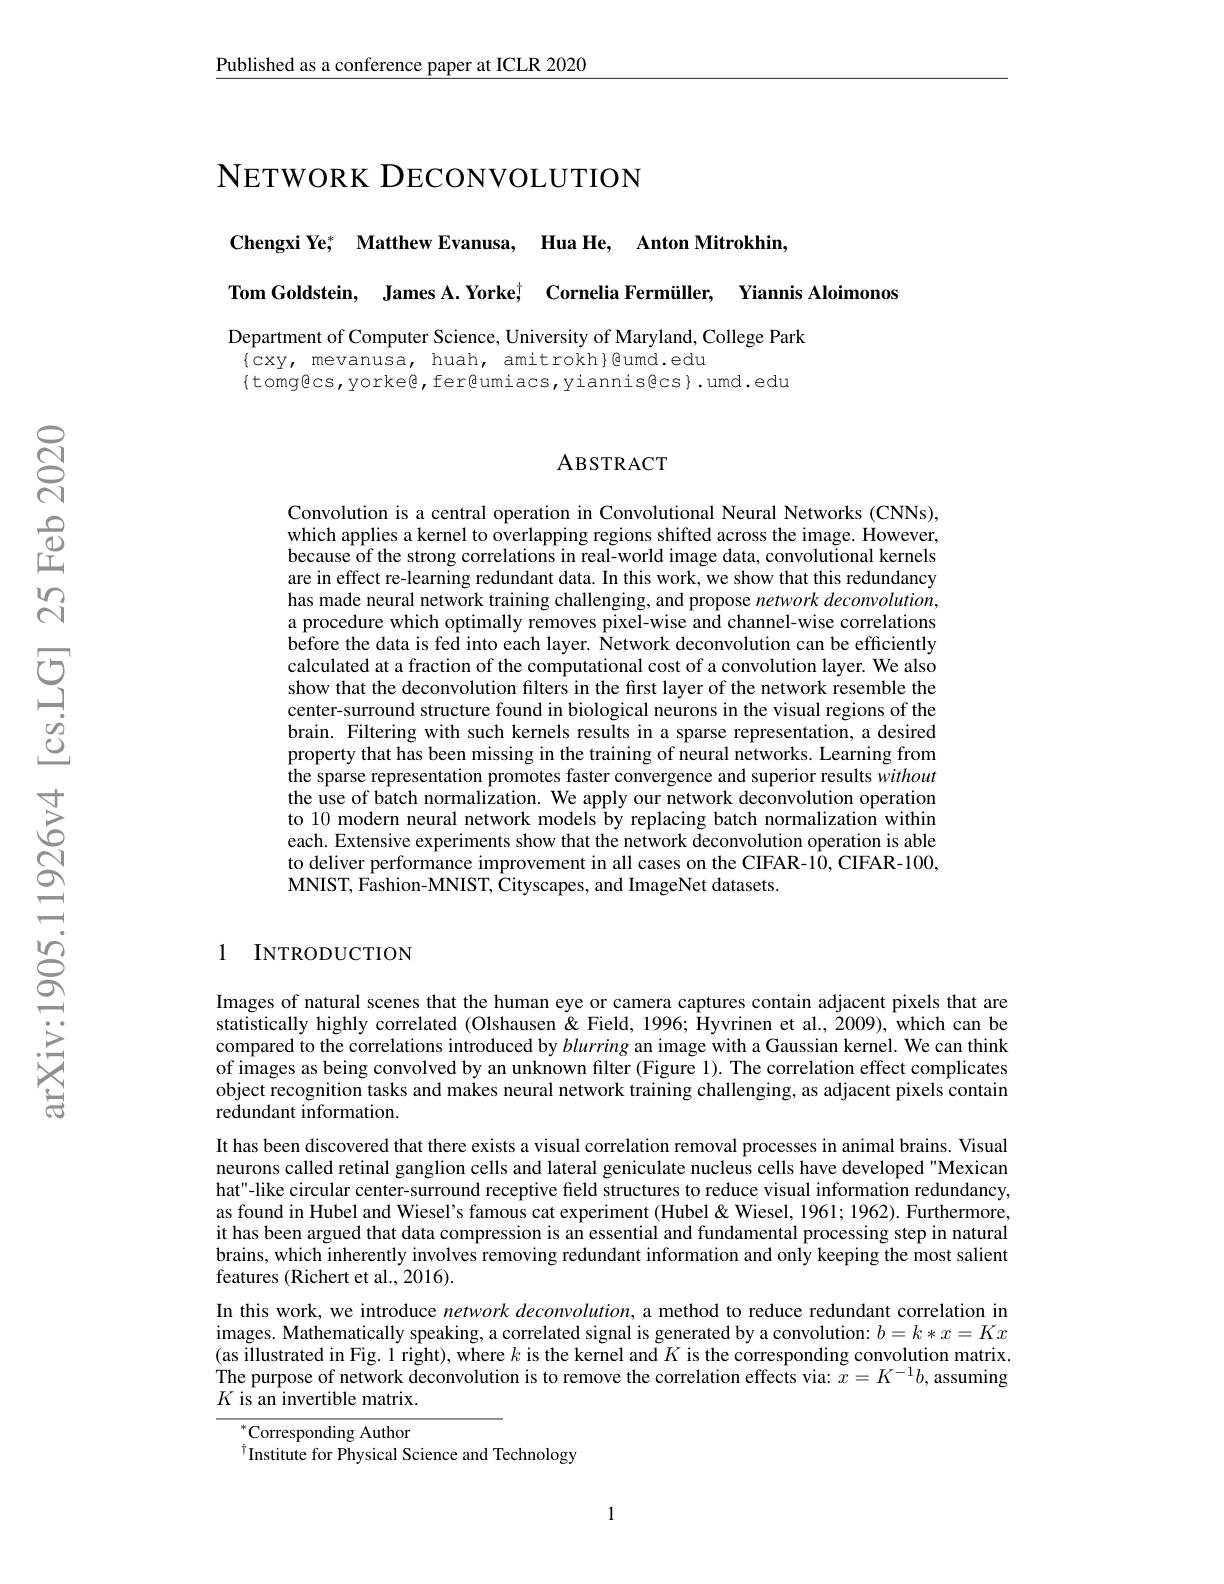
Published as a conference paper at ICLR 2020

# NETWORK DECONVOLUTION

$\mathbf{ChengxiYe}^*$ $\mathbf{MatthewEvanusa}$, $\mathbf{HuaHe}$, $\mathbf{AntonMitrokhin}$,

Tom Goldstein, James A. Yorkeț Cornelia Fermüller, Yiannis Aloimonos

Department of Computer Science, University of Maryland, College Park
$\{$cxy, mevanusa, huah, amitrokh}Qumd.edu
$\{$tomg@cs, yorke@, fer@umiacs, yiannis色cs}.umd.edu

### ABSTRACT

Convolution is a central operation in Convolutional Neural Networks (CNNs), which applies a kernel to overlapping regions shifted across the image. However, because of the strong correlations in real-world image data, convolutional kernels are in effect re-learning redundant data. In this work, we show that this redundancy has made neural network training challenging, and propose network deconvolution, a procedure which optimally removes pixel-wise and channel-wise correlations before the data is fed into each layer. Network deconvolution can be efficiently calculated at a fraction of the computational cost of a convolution layer. We also show that the deconvolution filters in the first layer of the network resemble the center-surround structure found in biological neurons in the visual regions of the brain. Filtering with such kernels results in a sparse representation, a desired property that has been missing in the training of neural networks. Learning from the sparse representation promotes faster convergence and superior results without the use of batch normalization. We apply our network deconvolution operation to 10 modern neural network models by replacing batch normalization within each. Extensive experiments show that the network deconvolution operation is able to deliver performance improvement in all cases on the CIFAR-10, CIFAR-100, MNIST, Fashion-MNIST, Cityscapes, and ImageNet datasets.

1 INTRODUCTION

Images of natural scenes that the human eye or camera captures contain adjacent pixels that are statistically highly correlated (Olshausen & Field, 1996; Hyvrinen et al., 2009), which can be compared to the correlations introduced by blurring an image with a Gaussian kernel. We can think of images as being convolved by an unknown filter (Figure 1). The correlation effect complicates object recognition tasks and makes neural network training challenging, as adjacent pixels contain redundant information.
It has been discovered that there exists a visual correlation removal processes in animal brains. Visual neurons called retinal ganglion cells and lateral geniculate nucleus cells have developed "Mexican hat"-like circular center-surround receptive field structures to reduce visual information redundancy, as found in Hubel and Wiesel's famous cat experiment (Hubel& Wiesel, 1961; 1962). Furthermore, it has been argued that data compression is an essential and fundamental processing step in natural brains, which inherently involves removing redundant information and only keeping the most salient features (Richert et al., 2016).
In this work, we introduce network deconvolution, a method to reduce redundant correlation in images. Mathematically speaking, a correlated signal is generated by a convolution: $b=k*x=Kx$ (as illustrated in Fig. 1 right) , where $k$ is the kernel and $K$ is the corresponding convolution matrix. The purpose of network deconvolution is to remove the correlation effects via: $x=K^{-1}b$, assuming $K$ is an invertible matrix.

${}^{*}$Corresponding Author
$^{\dagger}$Institute for Physical Science and Technology

1